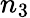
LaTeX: n_{3}